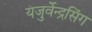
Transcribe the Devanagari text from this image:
यजुर्वेन्द्रसिंग